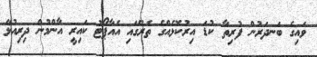
ވައިގެ ބަނދަރުން ފުރިތާ ކުޑަ އިރުކޮޅެއްގެ ތެރޭގައި އެއާޕޯޓު ކައިރީ އާންމުން ދިރިއުޅޭ